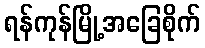
ရန်ကုန်မြို့အခြေစိုက်